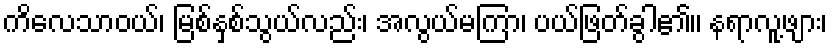
ကိလေသာဝယ်၊ မြစ်နှစ်သွယ်လည်း၊ အလွယ်မကြာ၊ ပယ်ဖြတ်ခွါ၏၊၊ နရာလူ့ဖျား၊